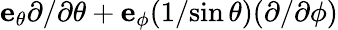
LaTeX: \mathbf{e_{\theta}}{\partial}/{\partial\theta}+\mathbf{e_{\phi}}({1}/{\sin\theta})({\partial}/{\partial\phi})